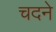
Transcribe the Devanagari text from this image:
चदने